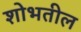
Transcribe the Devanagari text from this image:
शोभतील